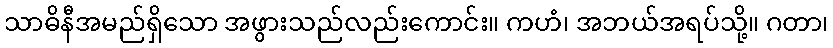
သာဓိနီအမည်ရှိသော အဖွားသည်လည်းကောင်း။ ကဟံ၊ အဘယ်အရပ်သို့။ ဂတာ၊